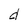
Character: d